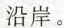
沿岸。